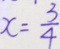
x = \frac { 3 } { 4 }